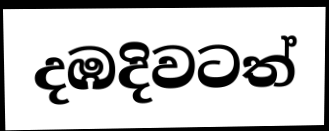
දඹදිවටත්